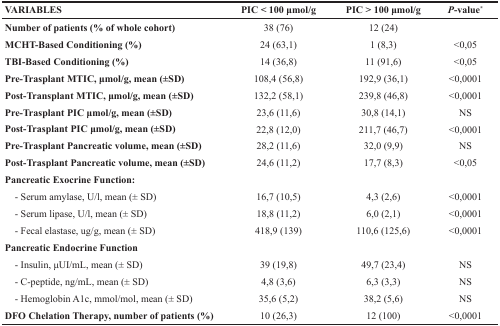
<table><thead><tr><td><b>VARIABLES</b></td><td><b>PIC &lt; 100 μmol/g</b></td><td><b>PIC &gt; 100 μmol/g</b></td><td><b><i>P</i>-value<sup>*</sup></b></td></tr></thead><tbody><tr><td><b>Number of patients (% of whole cohort)</b></td><td>38 (76)</td><td>12 (24)</td><td></td></tr><tr><td><b>MCHT-Based Conditioning (%)</b></td><td>24 (63,1)</td><td>1 (8,3)</td><td>&lt;0,05</td></tr><tr><td><b>TBI-Based Conditioning (%)</b></td><td>14 (36,8)</td><td>11 (91,6)</td><td>&lt;0,05</td></tr><tr><td><b>Pre-Trasplant MTIC, μmol/g, mean (±SD)</b></td><td>108,4 (56,8)</td><td>192,9 (36,1)</td><td>&lt;0,0001</td></tr><tr><td><b>Post-Transplant MTIC, μmol/g, mean (±SD)</b></td><td>132,2 (58,1)</td><td>239,8 (46,8)</td><td>&lt;0,0001</td></tr><tr><td><b>Pre-Trasplant PIC μmol/g, mean (±SD)</b></td><td>23,6 (11,6)</td><td>30,8 (14,1)</td><td>NS</td></tr><tr><td><b>Post-Trasplant PIC μmol/g, mean (±SD)</b></td><td>22,8 (12,0)</td><td>211,7 (46,7)</td><td>&lt;0,0001</td></tr><tr><td><b>Pre-Trasplant Pancreatic volume, mean (±SD)</b></td><td>28,2 (11,6)</td><td>32,0 (9,9)</td><td>NS</td></tr><tr><td><b>Post-Trasplant Pancreatic volume, mean (±SD)</b></td><td>24,6 (11,2)</td><td>17,7 (8,3)</td><td>&lt;0,05</td></tr><tr><td><b>Pancreatic Exocrine Function:</b></td><td></td><td></td><td></td></tr><tr><td> - Serum amylase, U/l, mean (± SD)</td><td>16,7 (10,5)</td><td>4,3 (2,6)</td><td>&lt;0,0001</td></tr><tr><td> - Serum lipase, U/l, mean (± SD)</td><td>18,8 (11,2)</td><td>6,0 (2,1)</td><td>&lt;0,0001</td></tr><tr><td> - Fecal elastase, ug/g, mean (± SD)</td><td>418,9 (139)</td><td>110,6 (125,6)</td><td>&lt;0,0001</td></tr><tr><td><b>Pancreatic Endocrine Function</b></td><td></td><td></td><td></td></tr><tr><td> - Insulin, μUI/mL, mean (± SD)</td><td>39 (19,8)</td><td>49,7 (23,4)</td><td>NS</td></tr><tr><td> - C-peptide, ng/mL, mean (± SD)</td><td>4,8 (3,6)</td><td>6,3 (3,3)</td><td>NS</td></tr><tr><td> - Hemoglobin A1c, mmol/mol, mean (± SD)</td><td>35,6 (5,2)</td><td>38,2 (5,6)</td><td>NS</td></tr><tr><td><b>DFO Chelation Therapy, number of patients (%)</b></td><td>10 (26,3)</td><td>12 (100)</td><td>&lt;0,0001</td></tr></tbody></table>